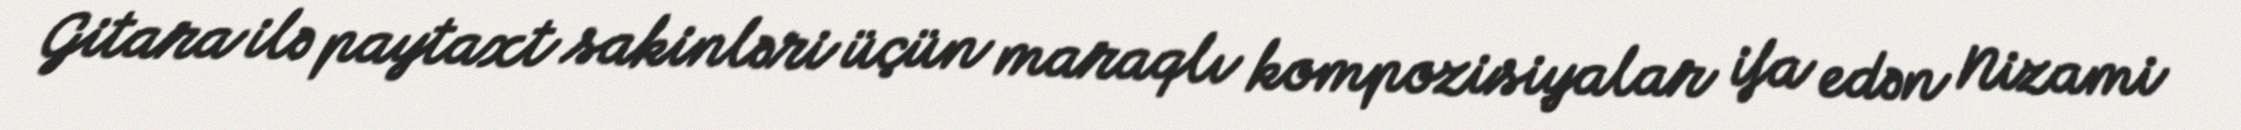
Gitara ilə paytaxt sakinləri üçün maraqlı kompozisiyalar ifa edən Nizami